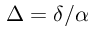
\Delta = \delta / \alpha